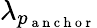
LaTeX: \lambda_{p_{\mathrm{~a~n~c~h~o~r~}}}